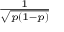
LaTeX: \scriptstyle { \frac { 1 } { \sqrt { p ( 1 - p ) } } }